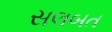
સલબત